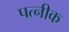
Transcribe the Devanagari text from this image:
पत्नीक